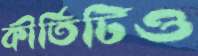
কীর্তিটিও